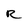
Character: R